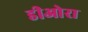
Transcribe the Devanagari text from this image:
डीओरा